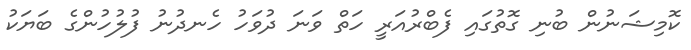
ކޮމިޝަނުން ބުނި ގޮތުގައި ފެބްރުއަރީ ހަތް ވަނަ ދުވަހު ހެނދުނު ފުލުހުންގެ ބަޔަކު